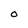
Character: O